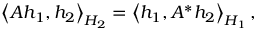
\left\langle A h _ { 1 } , h _ { 2 } \right\rangle _ { H _ { 2 } } = \left\langle h _ { 1 } , A ^ { * } h _ { 2 } \right\rangle _ { H _ { 1 } } ,